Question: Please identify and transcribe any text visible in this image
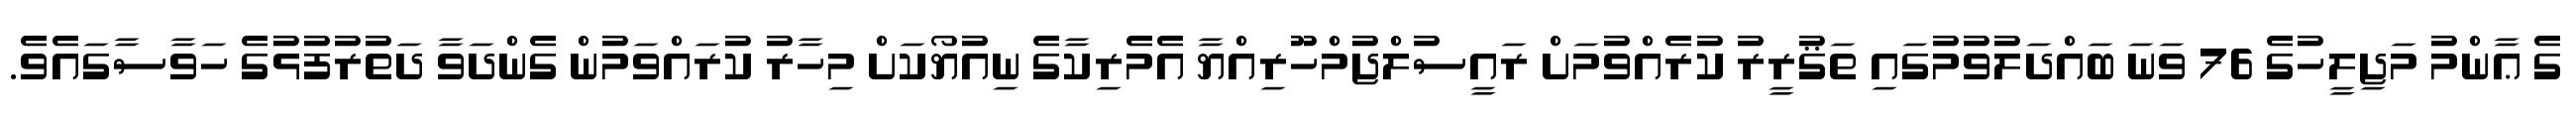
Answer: ގެ ޢާންމު މަޖިލީހުގެ 76 ވަނަ ބައްދަލުވުމުގައި ތަޤުރީރު ކުރެއްވުމަށް ރައީސުލްޖުމްހޫރިއްޔާ އެމެރިކާގެ ނިއުޔޯކަށް މިހާރު ކުރައްވަމުން ގެންދަވާ ދަތުރުފުޅުގެ ހަވާސާގައެވެ.